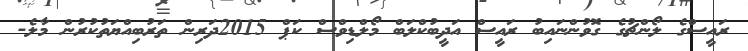
ރައީސްގެ ލޯންޗުގެ ގޮވުންނައިބު ރައީސް އަދީބުކްލަބް މޯލްޑިވްސް ކަޕް 2015ދަރިން ތަރުބިއްޔަތުކުރުން މާލެ-